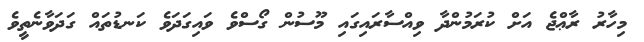
މިހާރު ރާޢްޖެ އަށް ކުރަމުންދާ ވިއްސާރައިގައި މޫސުން ގޯސްވެ ވައިގަދަވެ ކަނޑުތައް ގަދަވާނެތީވެ